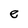
Character: e